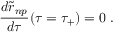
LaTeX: { \frac { d { \widetilde r } _ { n p } } { d \tau } } ( \tau = \tau _ { + } ) = 0 \; .